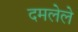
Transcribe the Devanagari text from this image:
दमलेले